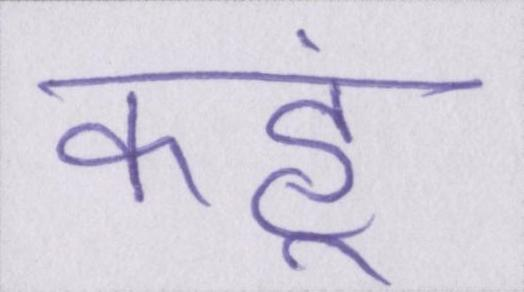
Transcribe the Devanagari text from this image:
कहूं